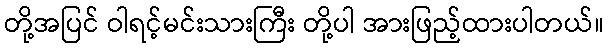
တို့အပြင် ဝါရင့်မင်းသားကြီး တို့ပါ အားဖြည့်ထားပါတယ်။